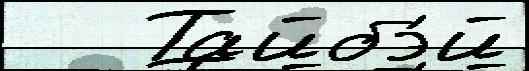
   Тайбэ́й